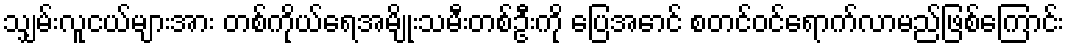
သျှမ်းလူငယ်များအား တစ်ကိုယ်ရေအမျိုးသမီးတစ်ဦးကို ပြေအောင် စတင်ဝင်ရောက်လာမည်ဖြစ်ကြောင်း